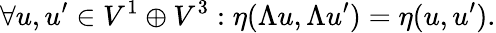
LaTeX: \forall u,u^{\prime}\in V^{1}\oplus V^{3}:\eta(\Lambda u,\Lambda u^{\prime})=\eta(u,u^{\prime}).